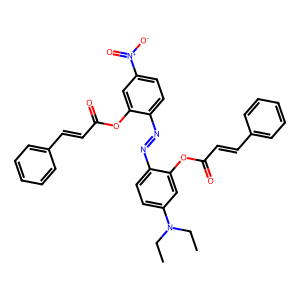
SMILES: CCN(CC)c1ccc(N=Nc2ccc([N+](=O)[O-])cc2OC(=O)C=Cc2ccccc2)c(OC(=O)C=Cc2ccccc2)c1
Inhibits HIV replication: No